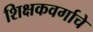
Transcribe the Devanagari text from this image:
शिक्षकवर्गाचे